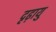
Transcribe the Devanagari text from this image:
दृढ़ायु